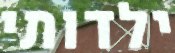
ילדותי